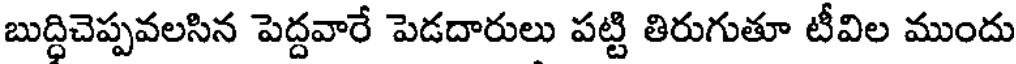
బుద్ధిచెప్పవలసిన పెద్దవారే పెడదారులు పట్టి తిరుగుతూ టీవిల ముందు